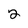
Character: 2